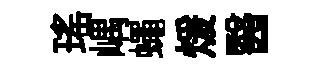
瑤嵎蠅煖醫